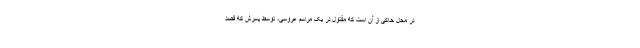
در محل حاکی از آن است که مقتول در یک مراسم عروسی، توسط پسرش که قصد